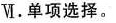
Ⅵ.单项选择.。